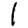
Digit: 1